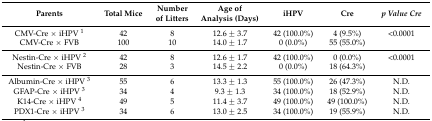
| Parents | Total Mice | Number of Litters | Age of Analysis (Days) | iHPV | Cre | p Value Cre |
 | --- | --- | --- | --- | --- | --- | --- |
 | CMV-Cre × iHPV 1 | 42 | 8 | 12.6 ± 3.7 | 42 (100.0%) | 4 (9.5%) | <0.0001 |
 | CMV-Cre × FVB | 100 | 10 | 14.0 ± 1.7 | 0 (0.0%) | 55 (55.0%) |  |
 | Nestin-Cre × iHPV 2 | 42 | 8 | 12.6 ± 1.7 | 42 (100.0%) | 0 (0.0%) | <0.0001 |
 | Nestin-Cre × FVB | 28 | 3 | 14.5 ± 2.2 | 0 (0.0%) | 18 (64.3%) |  |
 | Albumin-Cre × iHPV 3 | 55 | 6 | 13.3 ± 1.3 | 55 (100.0%) | 26 (47.3%) | N.D. |
 | GFAP-Cre × iHPV 3 | 34 | 4 | 9.3 ± 1.3 | 34 (100.0%) | 18 (52.9%) | N.D. |
 | K14-Cre × iHPV 4 | 49 | 5 | 11.4 ± 3.7 | 49 (100.0%) | 49 (100.0%) | N.D. |
 | PDX1-Cre × iHPV 3 | 34 | 6 | 13.0 ± 2.5 | 34 (100.0%) | 19 (55.9%) | N.D. |